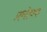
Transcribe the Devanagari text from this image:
प्रभोधक